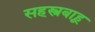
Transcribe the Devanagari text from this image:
सहस्त्रबाहू